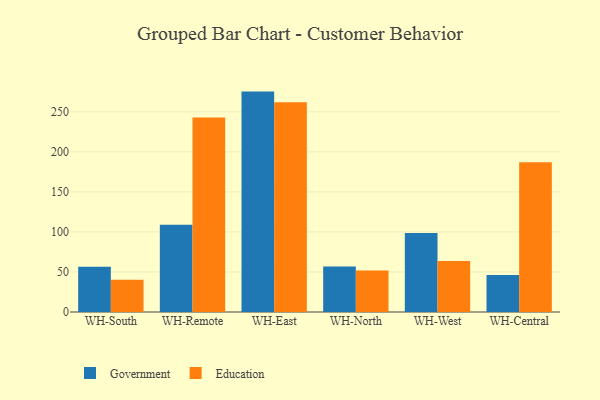
{"axis": {"x": "Warehouse", "y": "Budget (USD K)"}, "legend": ["Education", "Government"], "data": [{"x": "WH-South", "y": 56.5, "type": "Government"}, {"x": "WH-South", "y": 40.3, "type": "Education"}, {"x": "WH-Remote", "y": 109.0, "type": "Government"}, {"x": "WH-Remote", "y": 243.1, "type": "Education"}, {"x": "WH-East", "y": 275.3, "type": "Government"}, {"x": "WH-East", "y": 261.9, "type": "Education"}, {"x": "WH-North", "y": 56.7, "type": "Government"}, {"x": "WH-North", "y": 51.9, "type": "Education"}, {"x": "WH-West", "y": 98.8, "type": "Government"}, {"x": "WH-West", "y": 63.6, "type": "Education"}, {"x": "WH-Central", "y": 46.2, "type": "Government"}, {"x": "WH-Central", "y": 187.2, "type": "Education"}]}